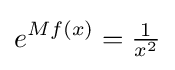
e^{Mf(x)}={\tfrac {1}{x^{2}}}